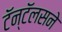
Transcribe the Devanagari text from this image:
टॅन्टॅलसने